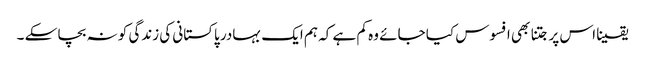
یقینا اس پر جتنا بھی افسوس کیا جائے وہ کم ہے کہ ہم ایک بہادر پاکستانی کی زندگی کو نہ بچا سکے ۔